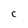
Character: C